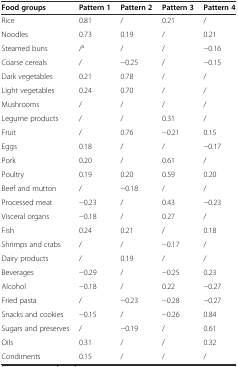
| Food groups | Pattern 1 | Pattern 2 | Pattern 3 | Pattern 4 |
 | --- | --- | --- | --- | --- |
 | Rice | 0.81 | / | 0.21 | / |
 | Noodles | 0.73 | 0.19 | / | 0.21 |
 | Steamed buns | /a | / | / | −0.16 |
 | Coarse cereals | / | −0.25 | / | −0.15 |
 | Dark vegetables | 0.21 | 0.78 | / | / |
 | Light vegetables | 0.24 | 0.70 | / | / |
 | Mushrooms | / | / | / | / |
 | Legume products | / | / | 0.31 | / |
 | Fruit | / | 0.76 | −0.21 | 0.15 |
 | Eggs | 0.18 | / | / | −0.17 |
 | Pork | 0.20 | / | 0.61 | / |
 | Poultry | 0.19 | 0.20 | 0.59 | 0.20 |
 | Beef and mutton | / | −0.18 | / | / |
 | Processed meat | −0.23 | / | 0.43 | −0.23 |
 | Visceral organs | −0.18 | / | 0.27 | / |
 | Fish | 0.24 | 0.21 | / | 0.18 |
 | Shrimps and crabs | / | / | −0.17 | / |
 | Dairy products | / | 0.19 | / | / |
 | Beverages | −0.29 | / | −0.25 | 0.23 |
 | Alcohol | −0.18 | / | 0.22 | −0.27 |
 | Fried pasta | / | −0.23 | −0.28 | −0.27 |
 | Snacks and cookies | −0.15 | / | −0.26 | 0.84 |
 | Sugars and preserves | / | −0.19 | / | 0.61 |
 | Oils | 0.31 | / | / | 0.32 |
 | Condiments | 0.15 | / | / | / |